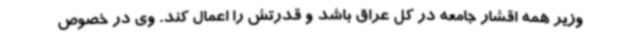
وزیر همه اقشار جامعه در کل عراق باشد و قدرتش را اعمال کند. وی در خصوص